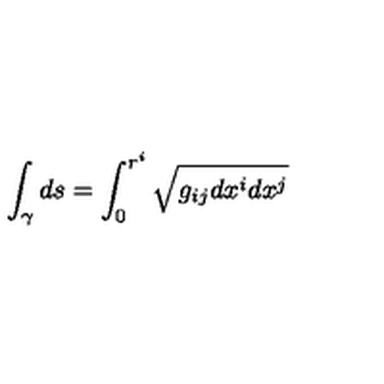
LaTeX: \int _ { \gamma } d s = \int _ { 0 } ^ { r ^ { i } } \sqrt { g _ { i j } d x ^ { i } d x ^ { j } }